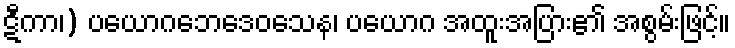
ဋီကာ၊) ပယောဂဘေဒေဝသေန၊ ပယောဂ အထူးအပြား၏ အစွမ်းဖြင့်။